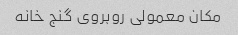
مکان معمولی روبروی گنج خانه